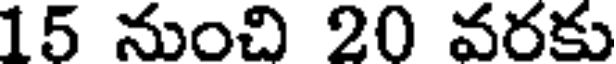
15 నుంచి 20 వరకు